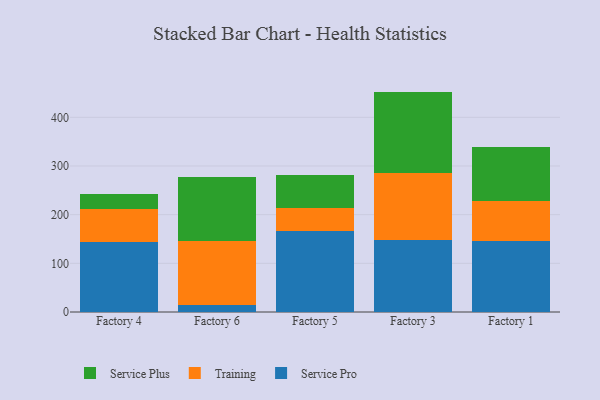
{"axis": {"x": "Factory", "y": "Backlog"}, "legend": ["Service Plus", "Service Pro", "Training"], "data": [{"x": "Factory 4", "y": 143.3, "type": "Service Pro"}, {"x": "Factory 4", "y": 67.4, "type": "Training"}, {"x": "Factory 4", "y": 32.3, "type": "Service Plus"}, {"x": "Factory 6", "y": 13.5, "type": "Service Pro"}, {"x": "Factory 6", "y": 131.5, "type": "Training"}, {"x": "Factory 6", "y": 131.7, "type": "Service Plus"}, {"x": "Factory 5", "y": 166.0, "type": "Service Pro"}, {"x": "Factory 5", "y": 47.8, "type": "Training"}, {"x": "Factory 5", "y": 67.8, "type": "Service Plus"}, {"x": "Factory 3", "y": 148.5, "type": "Service Pro"}, {"x": "Factory 3", "y": 137.8, "type": "Training"}, {"x": "Factory 3", "y": 166.5, "type": "Service Plus"}, {"x": "Factory 1", "y": 146.2, "type": "Service Pro"}, {"x": "Factory 1", "y": 82.0, "type": "Training"}, {"x": "Factory 1", "y": 111.4, "type": "Service Plus"}]}